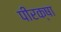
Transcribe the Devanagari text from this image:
पीरक्षा